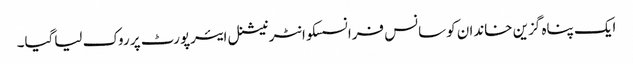
ایک پناہ گزین خاندان کوسانس فرانسسکوانٹرنیشنل ایئرپورٹ پر روک لیاگیا۔